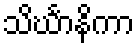
သိင်္ဃာနိကာ